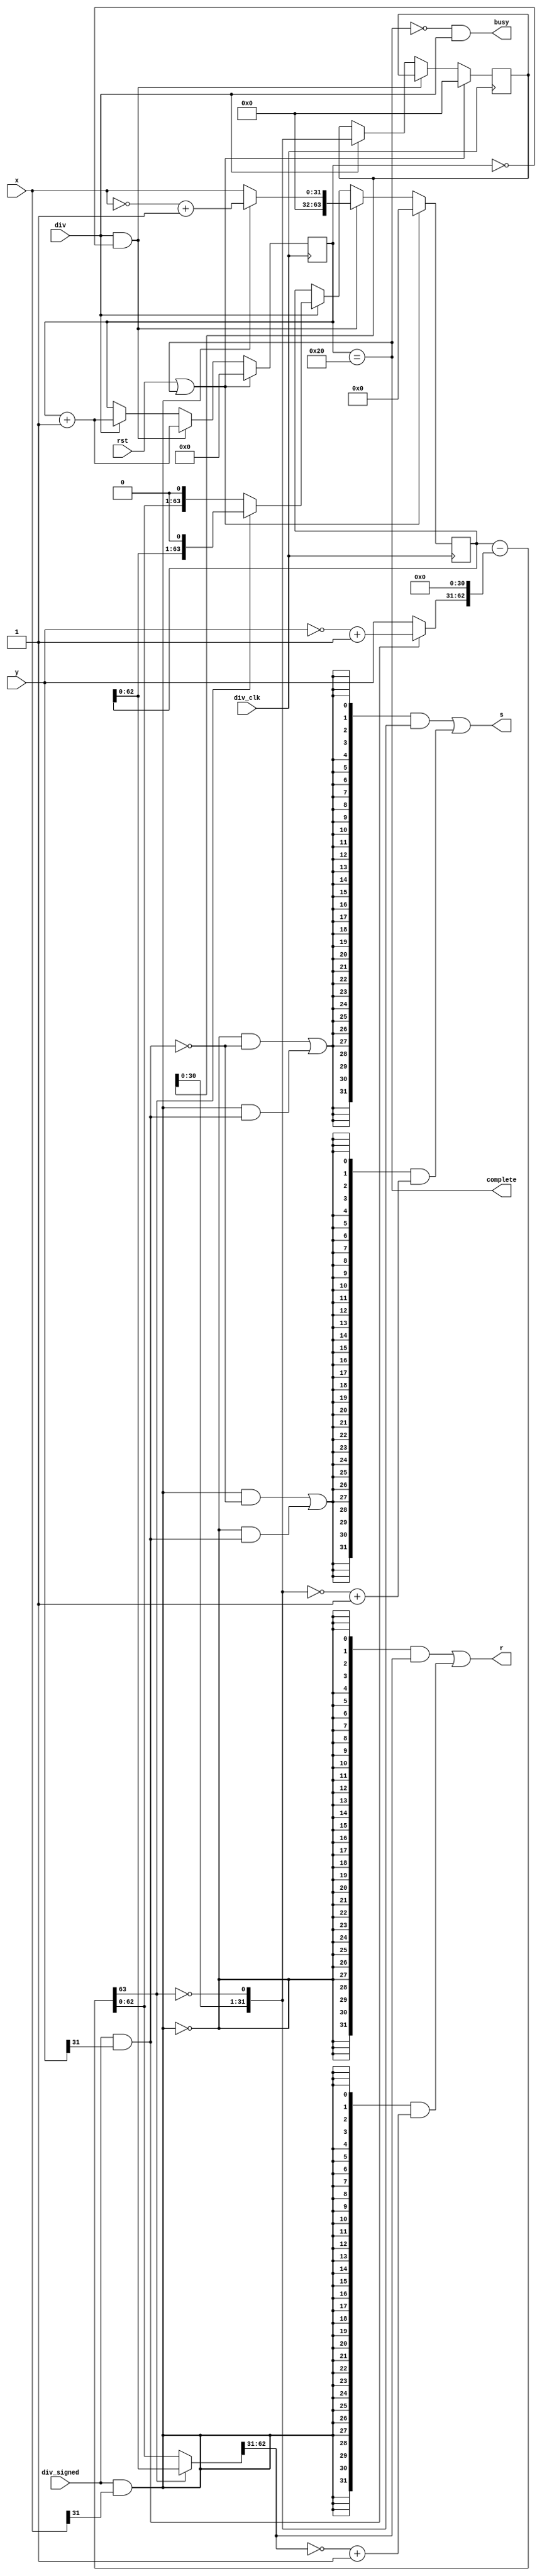
/*----------------------------------------------------------------*
// Description   :  5 pipelined CPU divider unit
// Created Time  :  2017-10-11 21:04:12
// Modified Time :  2017-11-17 17:35:21
//----------------------------------------------------------------*/

`timescale 10ns / 1ns
module divider(
    input   wire            div_clk,
    input   wire            rst,
    input   wire            div,
    input   wire            div_signed,
    input   wire   [31:0]   x,
    input   wire   [31:0]   y,
    output  wire   [31:0]   s,
    output  wire   [31:0]   r,
    output  wire            busy,
    output  wire            complete
  );

reg [5:0] count;

wire sign_x;
wire sign_y;
wire [31:0] abs_x;
wire [31:0] abs_y;
assign sign_x = div_signed & x[31];
assign sign_y = div_signed & y[31];
assign abs_x = sign_x ? ~x+1 : x;
assign abs_y = sign_y ? ~y+1 : y;

wire [63:0] abs_x_63;
wire [63:0] abs_y_63;
assign abs_x_63 = {32'd0, abs_x};
assign abs_y_63 = {1'b0, abs_y, 31'd0};

reg [63:0] rmdr;
reg [31:0] q;
wire [63:0] next_rmdr;
wire [31:0] next_q;

always @(posedge div_clk) begin
    if (rst || complete) begin
        rmdr <= 64'd0;
        count <= 6'd0;
        q <= 32'd0;
    end
    else if (div==1 && count== 0) begin
        rmdr <= abs_x_63;
        count <= count + 1;
        q <= q;
    end
    else if(div==1 ) begin
        rmdr <= next_rmdr;
        count <= count + 1;
        q <= next_q;
    end
end

wire [63:0] diff;
wire [63:0] r_64;
assign diff = rmdr - abs_y_63;
assign next_rmdr = diff[63] ? ({rmdr[62:0], 1'b0}) : ({diff[62:0], 1'b0});
assign r_64 = diff[63] ? (rmdr[63:0]) : (diff[63:0]) ;
assign next_q = {q[30:0], ~diff[63]};

assign complete = (count == 6'd32);

assign busy = ~complete&div;

assign s = {32{ ~sign_x & ~sign_y | sign_x&sign_y }} & next_q
          |{32{ sign_x & ~sign_y | ~sign_x & sign_y }} & (~next_q + 1);
assign r = {32{ ~sign_x }} & r_64[62:31]
          |{32{ sign_x }} & (~r_64[62:31] + 1);

endmodule // divider